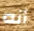
أنه